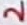
Text: 2